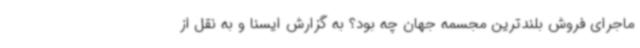
ماجرای فروش بلندترین مجسمه جهان چه بود؟ به گزارش ایسنا و به نقل از